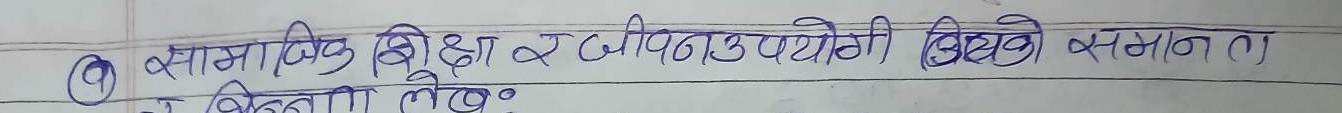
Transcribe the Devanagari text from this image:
(१) सामाजिक शिक्षा र जीवन उपयोगी शिक्षा के समान छ ?
र बिभिन्न लेख्नुहोस् ।